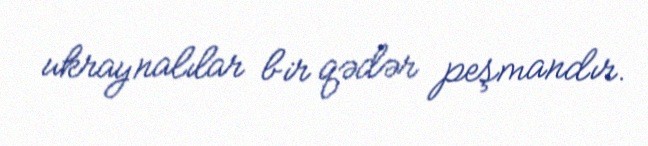
ukraynalılar bir qədər peşmandır.